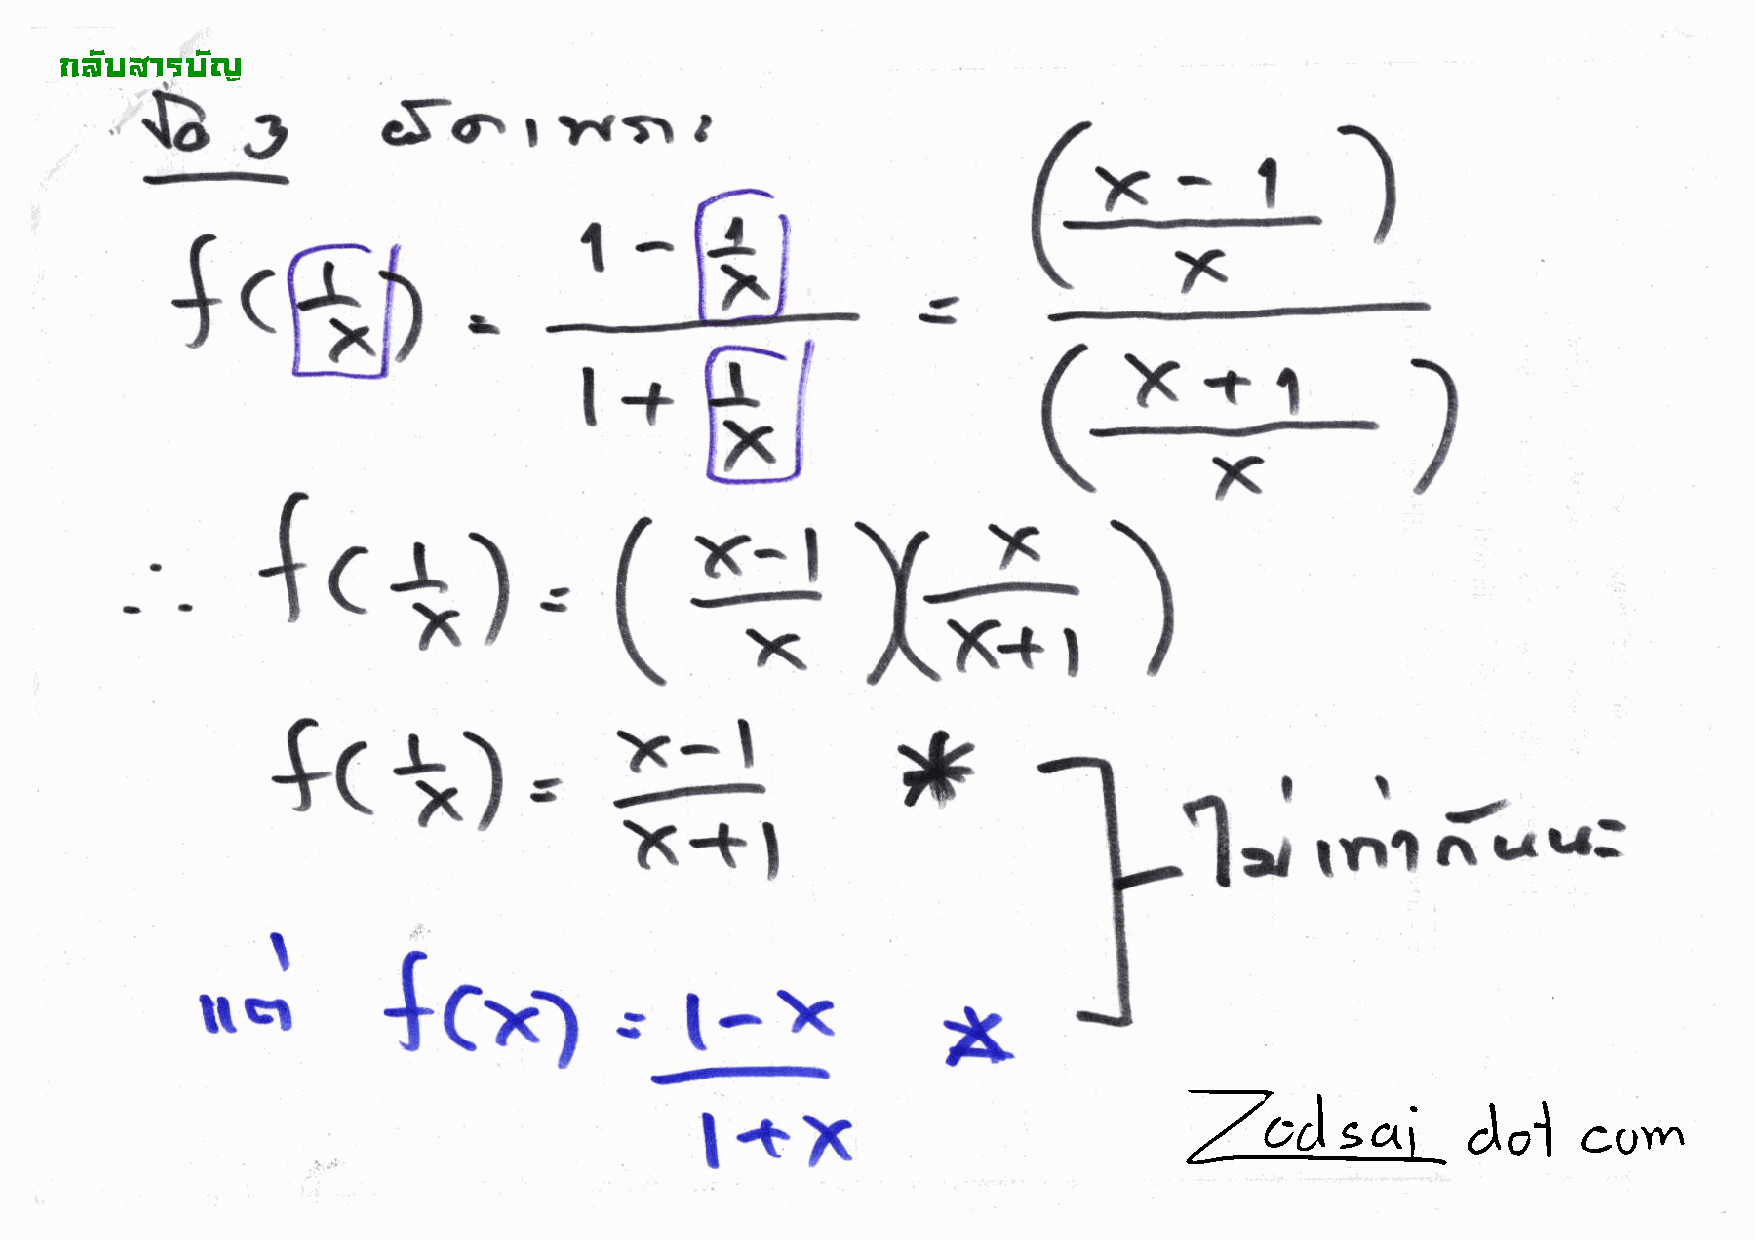
!"#$%&'$#(
 S;              e5c.r'.tr,
 (-*
 \x         --:
 )
 {cEt
 r
 l+                                       +'t
 X
 (*x*)
 {c*)
 =
 *
 $c'J,
 *+,
 rtl     r.-'''':
 1.;
 --!-!
 t(xl
 \        ?
 x
 tttr
 l+x